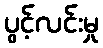
ပွင့်လင်းမှု